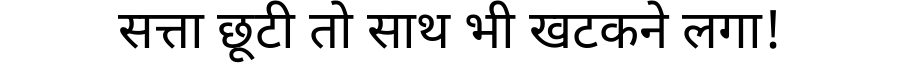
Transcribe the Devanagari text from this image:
सत्ता छूटी तो साथ भी खटकने लगा!